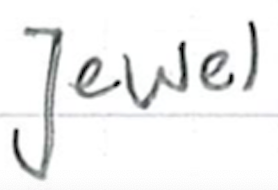
Text: jewel
Cross-out: clean
Writing tool: ballpoint